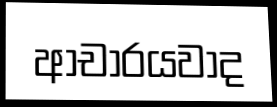
ආචාරයවාද